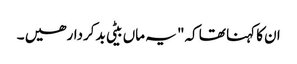
ان کا کہنا تھا کہ" یہ ماں بیٹی بدکردار ھیں ۔